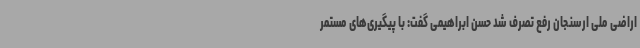
اراضی ملی ارسنجان رفع تصرف شد حسن ابراهیمی گفت: با پیگیری‌های مستمر